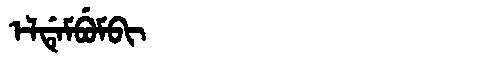
Manchu: ᡝᠯᡩᡝᠮᠪᡠᠮᠪᡳ
Romanization: ELDEMBUMBI